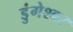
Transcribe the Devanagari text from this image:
डुंगेश्वर